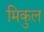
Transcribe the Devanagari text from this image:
मिकुल